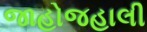
જાહોજહાલી